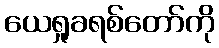
ယေရှုခရစ်တော်ကို